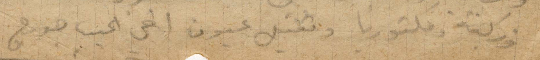
وزكية وفكتوريا وتقبيل عيون اخي الحبيب جورج